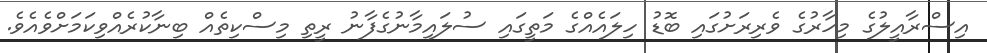
އިސްރާއީލުގެ މިހާރުގެ ވެރިރަށުގައި ބޮޑު ހިލައެއްގެ މަތީގައި ސުލައިމާނުގެފާނު ރީތި މިސްކިތެއް ބިނާކުރެއްވިކަމަށްވެއެވެ.